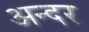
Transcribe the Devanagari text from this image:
अन्दर